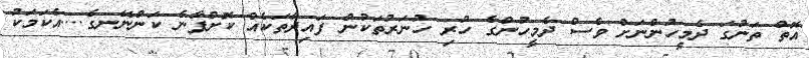
އޮތް ތަނުގަ ދެމީހުންނަށް ވެސް ދެމީހުންގެ ހުރި ހުނަރުތަކުން ފައިދާތަކެއް ކޮށްފާނެ ކަންނޭނގެ....އެކަމަކު